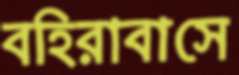
বহিরাবাসে